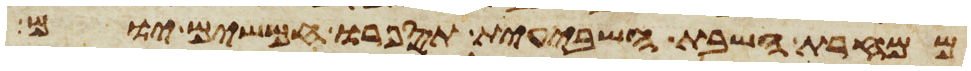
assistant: ממחרת השבת השביעית תספרו חמשים יום